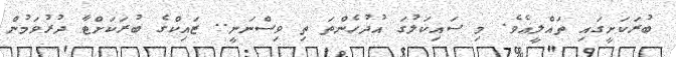
ބުރަކަށީގައި ތައްލީއެވެ. މި ސައިކަލުގަ އުދުހެންތަ ތި ވިސްނަނީ.. ޒައިކްގެ ބުރަކަށްޓާ ދުރުވަމުން